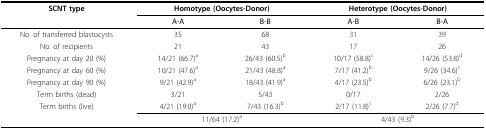
<table><thead><tr><td><b>SCNT type</b></td><td colspan="2"><b>Homotype (Oocytes-Donor)</b></td><td colspan="2"><b>Heterotype (Oocytes-Donor)</b></td></tr><tr><td></td><td><b>A-A</b></td><td><b>B-B</b></td><td><b>A-B</b></td><td><b>B-A</b></td></tr></thead><tbody><tr><td>No. of transferred blastocysts</td><td>35</td><td>68</td><td>31</td><td>39</td></tr><tr><td>No. of recipients</td><td>21</td><td>43</td><td>17</td><td>26</td></tr><tr><td>Pregnancy at day 20 (%)</td><td>14/21 (66.7)<sup>a</sup></td><td>26/43 (60.5)<sup>b</sup></td><td>10/17 (58.8)<sup>c</sup></td><td>14/26 (53.8)<sup>d</sup></td></tr><tr><td>Pregnancy at day 60 (%)</td><td>10/21 (47.6)<sup>a</sup></td><td>21/43 (48.8)<sup>a</sup></td><td>7/17 (41.2)<sup>b</sup></td><td>9/26 (34.6)<sup>c</sup></td></tr><tr><td>Pregnancy at day 90 (%)</td><td>9/21 (42.9)<sup>a</sup></td><td>18/43 (41.9)<sup>a</sup></td><td>4/17 (23.5)<sup>b</sup></td><td>6/26 (23.1)<sup>b</sup></td></tr><tr><td>Term births (dead)</td><td>3/21</td><td>5/43</td><td>0/17</td><td>2/26</td></tr><tr><td>Term births (live)</td><td>4/21 (19.0)<sup>a</sup></td><td>7/43 (16.3)<sup>b</sup></td><td>2/17 (11.8)<sup>c</sup></td><td>2/26 (7.7)<sup>d</sup></td></tr><tr><td></td><td colspan="2">11/64 (17.2)<sup>a</sup></td><td colspan="2">4/43 (9.3)<sup>b</sup></td></tr></tbody></table>